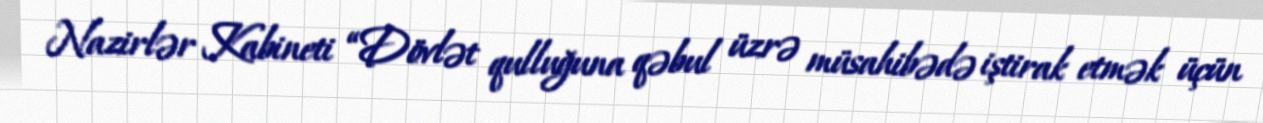
Nazirlər Kabineti “Dövlət qulluğuna qəbul üzrə müsahibədə iştirak etmək üçün